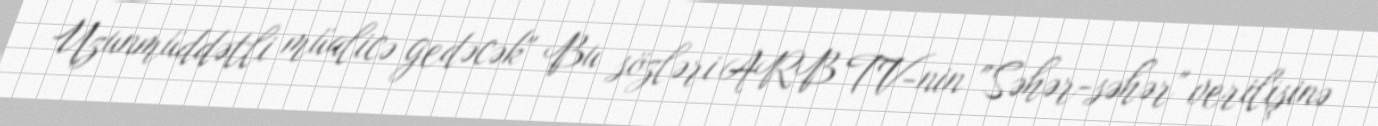
Uzunmüddətli müalicə gedəcək" Bu sözləri ARB TV-nin "Səhər-səhər" verilişinə